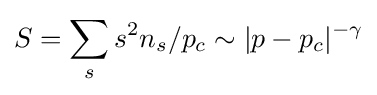
S=\sum _{s}s^{2}n_{s}/p_{c}\sim |p-p_{c}|^{-\gamma }\,\!